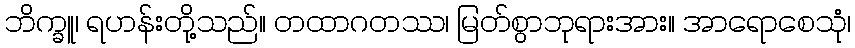
ဘိက္ခူ၊ ရဟန်းတို့သည်။ တထာဂတဿ၊ မြတ်စွာဘုရားအား။ အာရောစေသုံ၊